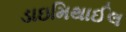
ડાઇમિથાઈલ